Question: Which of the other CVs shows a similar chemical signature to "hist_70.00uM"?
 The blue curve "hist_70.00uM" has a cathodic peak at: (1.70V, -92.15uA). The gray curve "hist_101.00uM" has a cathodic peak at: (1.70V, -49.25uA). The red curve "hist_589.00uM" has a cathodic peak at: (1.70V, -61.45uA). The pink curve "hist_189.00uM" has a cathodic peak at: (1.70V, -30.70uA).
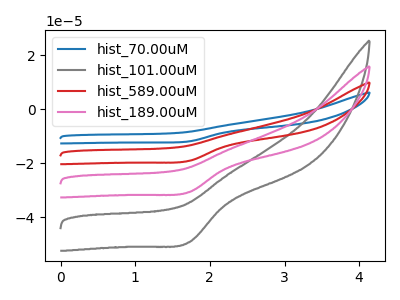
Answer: <think>All the peaks in "hist_70.00uM" have a peak in "hist_101.00uM" at the same potential. Every peak in "hist_70.00uM" is higher than every peak in "hist_101.00uM". All the peaks in "hist_70.00uM" have a peak in "hist_589.00uM" at the same potential. Every peak in "hist_70.00uM" is higher than every peak in "hist_589.00uM". All the peaks in "hist_70.00uM" have a peak in "hist_189.00uM" at the same potential. Every peak in "hist_70.00uM" is higher than every peak in "hist_189.00uM". All the peaks in "hist_101.00uM" have a peak in "hist_589.00uM" at the same potential. Every peak in "hist_101.00uM" is lower than every peak in "hist_589.00uM". All the peaks in "hist_101.00uM" have a peak in "hist_189.00uM" at the same potential. Every peak in "hist_101.00uM" is higher than every peak in "hist_189.00uM". All the peaks in "hist_589.00uM" have a peak in "hist_189.00uM" at the same potential. Every peak in "hist_589.00uM" is higher than every peak in "hist_189.00uM".
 </think>
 <answer>"hist_70.00uM", "hist_589.00uM" and "hist_189.00uM" have a similar shape to "hist_101.00uM".</answer>
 <eval>"hist_70.00uM" "hist_589.00uM" "hist_189.00uM"</eval>